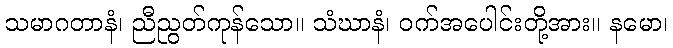
သမာဂတာနံ၊ ညီညွတ်ကုန်သော။ သံဃာနံ၊ ဝက်အပေါင်းတို့အား။ နမော၊